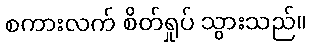
စကားလက် စိတ်ရှုပ် သွားသည်။